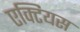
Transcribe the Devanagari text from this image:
एक्टियस